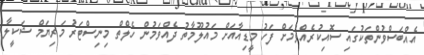
އެއްބަސްވުންތަކުގައި ސޮއިކުރެއްވުމަށް ފަހު މީޑިއާއަށް މައުލޫމާތު ދެއްވަމުން ހެލްތް މިނިސްޓަރު މަރިޔަމް ޝަކީލާ